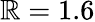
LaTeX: \mathbb{R}=1.6